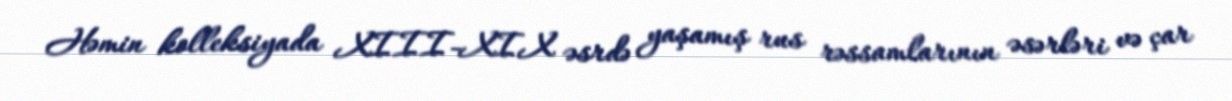
Həmin kolleksiyada XIII-XIX əsrdə yaşamış rus rəssamlarının əsərləri və çar